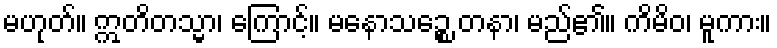
မဟုတ်။ ဣတိတသ္မာ၊ ကြောင့်။ မနောသဉ္စေ တနာ၊ မည်၏။ ကိမိဝ၊ မူကား။